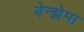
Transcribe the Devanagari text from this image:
बेन्झेमा